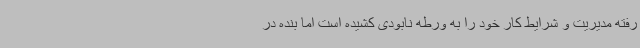
رفته مدیریت و شرایط کار خود را به ورطه نابودی کشیده است اما بنده در